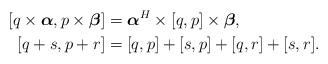
LaTeX: \begin{align*} [q \times \boldsymbol{\alpha}, p \times \boldsymbol{\beta}] &= \boldsymbol{\alpha}^H \times[q,p] \times \boldsymbol{\beta}, \\ [q + s, p + r] &= [q, p] + [s, p] + [q, r] + [s, r].\end{align*}